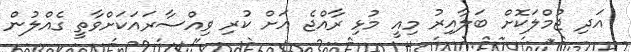
އަދި ޖުމްލަކޮށް ބަލާއިރު މިއީ މުޅި ރާއްޖެ އަށް ކުރި ވިއްސާރައަކަށްވާތީ ގެއްލުން